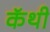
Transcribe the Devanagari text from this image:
कॅथी